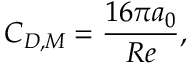
C _ { D , M } = \frac { 1 6 \pi a _ { 0 } } { R e } ,